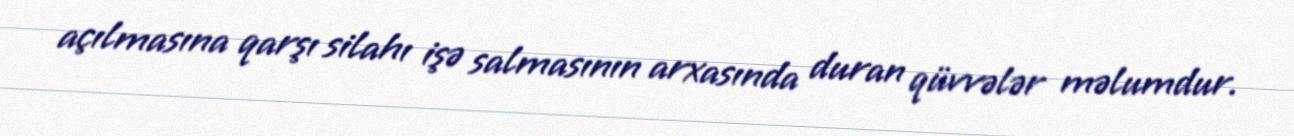
açılmasına qarşı silahı işə salmasının arxasında duran qüvvələr məlumdur.